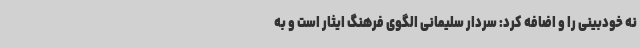
نه خودبینی را و اضافه کرد: سردار سلیمانی الگوی فرهنگ ایثار است و به